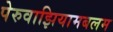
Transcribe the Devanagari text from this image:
पेरुवाझियामबलम